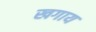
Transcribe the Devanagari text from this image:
खगाय